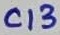
Text: C13